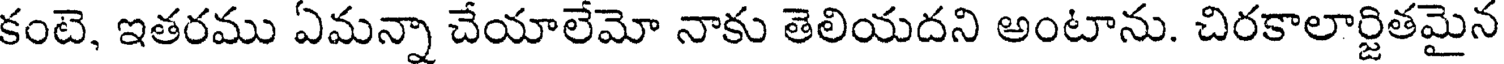
కంటె, ఇతరము ఏమన్నా చేయాలేమో నాకు తెలియదని అంటాను. చిరకాలార్జితమైన